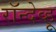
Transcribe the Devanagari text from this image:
रॉन्देव्हू